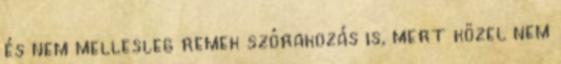
és nem mellesleg remek szórakozás is, mert közel nem